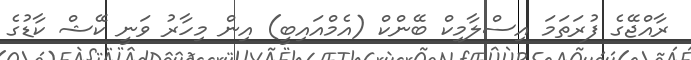
ރާއްޖޭގެ ފުރަތަމަ އިސްލާމިކް ބޭންކް (އެމްއައިބީ) އިން މިހާރު ވަނީ ކޭޝް ކާޑުގެ